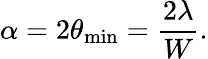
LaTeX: \alpha=2\theta_{\mathrm{min}}={\frac{2\lambda}{W}}.